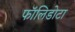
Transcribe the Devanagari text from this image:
फॉलिडोटा